Indian journal of veterinary science and animal husbandry - Volume 2,
Year: 1932
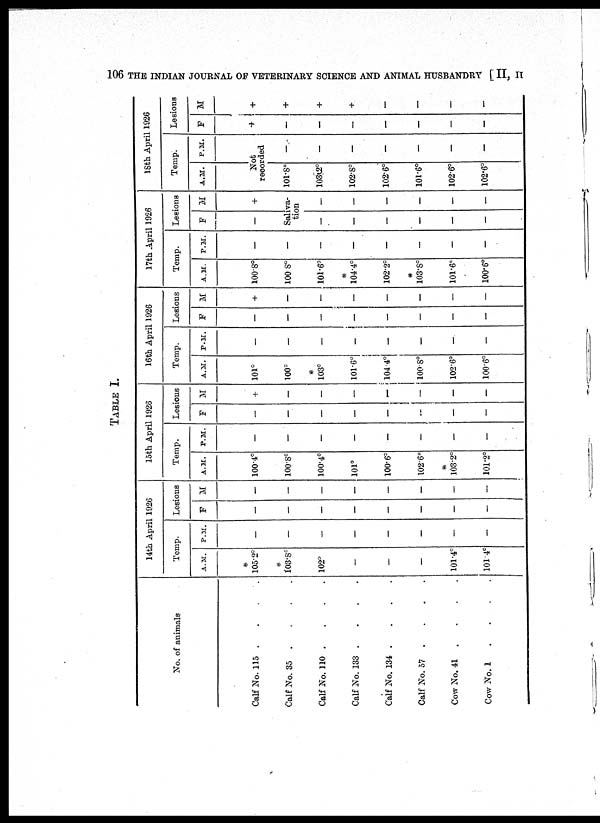
106 THE INDIAN JOURNAL OF VETERINARY SCIENCE AND ANIMAL HUSBANDRY [ II, II
TABLE I.
No. of animals
Calf No. 115 .
.
.
.
Calf No. 35 .
.
.
.
Calf No. 110 . . . .
Calf No. 133 . . . .
Calf No. 134 . . . .
Calf No. 57 . . . .
Cow No. 41 . . . .
Cow No. 1
. . . .
14th April 1926
Temp.
A.M.
*
105.2°
*
103.8°
102°
—
—
—
101.4°
101. 4°
P.M.
—
—
—
—
—
—
—
—
Lesions
F
—
—
—
—
—
—
—
—
M
—
—
—
—
—
—
—
—
15th April 1926
Temp.
A.M.
100.4°
100.8°
100.4°
101°
100.6°
102.6°
*
103.2°
101.2°
P.M.
—
—
—
—
—
—
—
—
Lesions
F
—
—
—
—
—
—
—
—
M
+
—
—
—
—
—
—
—
16th April 1926
Temp.
A.M.
101°
100°
*
103°
101.6°
104.4°
100.8°
102.6°
100.6°
P.M.
—
—
—
—
—
—
—
—
Lesions
F
—
—
—
—
—
—
—
—
M
+
—
—
—
—
—
—
—
17th April 1926
Temp.
A.M.
100.8°
100 8°
101.6°
*
104.4°
102.2°
*
103.8°
101.6°
100.6°
P.M.
—
—
—
—
—
—
—
—
Lesions
F
—
M
+
Saliva-
tion
—
—
—
—
—
—
—
—
—
—
—
—
18th April 1926
Temp.
A.M.
P.M.
Not
recorded
101.8°
103.2°
102.8°
102.6°
101.6°
102.6°
102.6°
—
—
—
—
—
—
—
Lesions
F
+
—
—
—
—
—
—
—
M
+
+
+
+
—
—
—
—